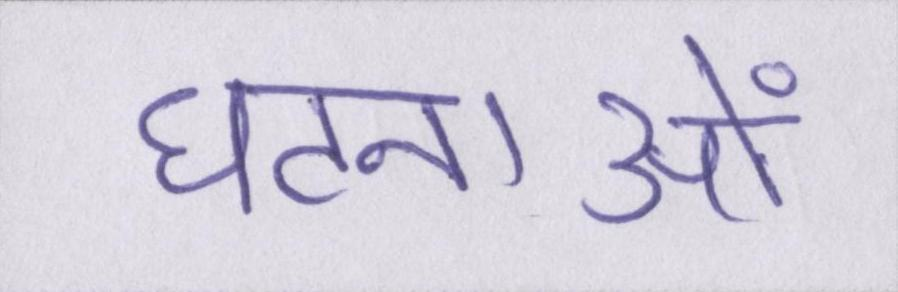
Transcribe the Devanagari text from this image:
घटनाओं